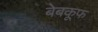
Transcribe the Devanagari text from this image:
बेबकूफ